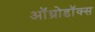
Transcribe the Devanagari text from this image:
ऑथ्रोडॉक्स